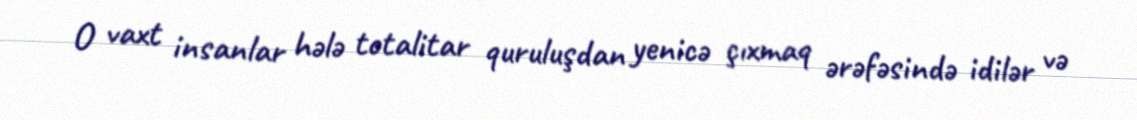
O vaxt insanlar hələ totalitar quruluşdan yenicə çıxmaq ərəfəsində idilər və